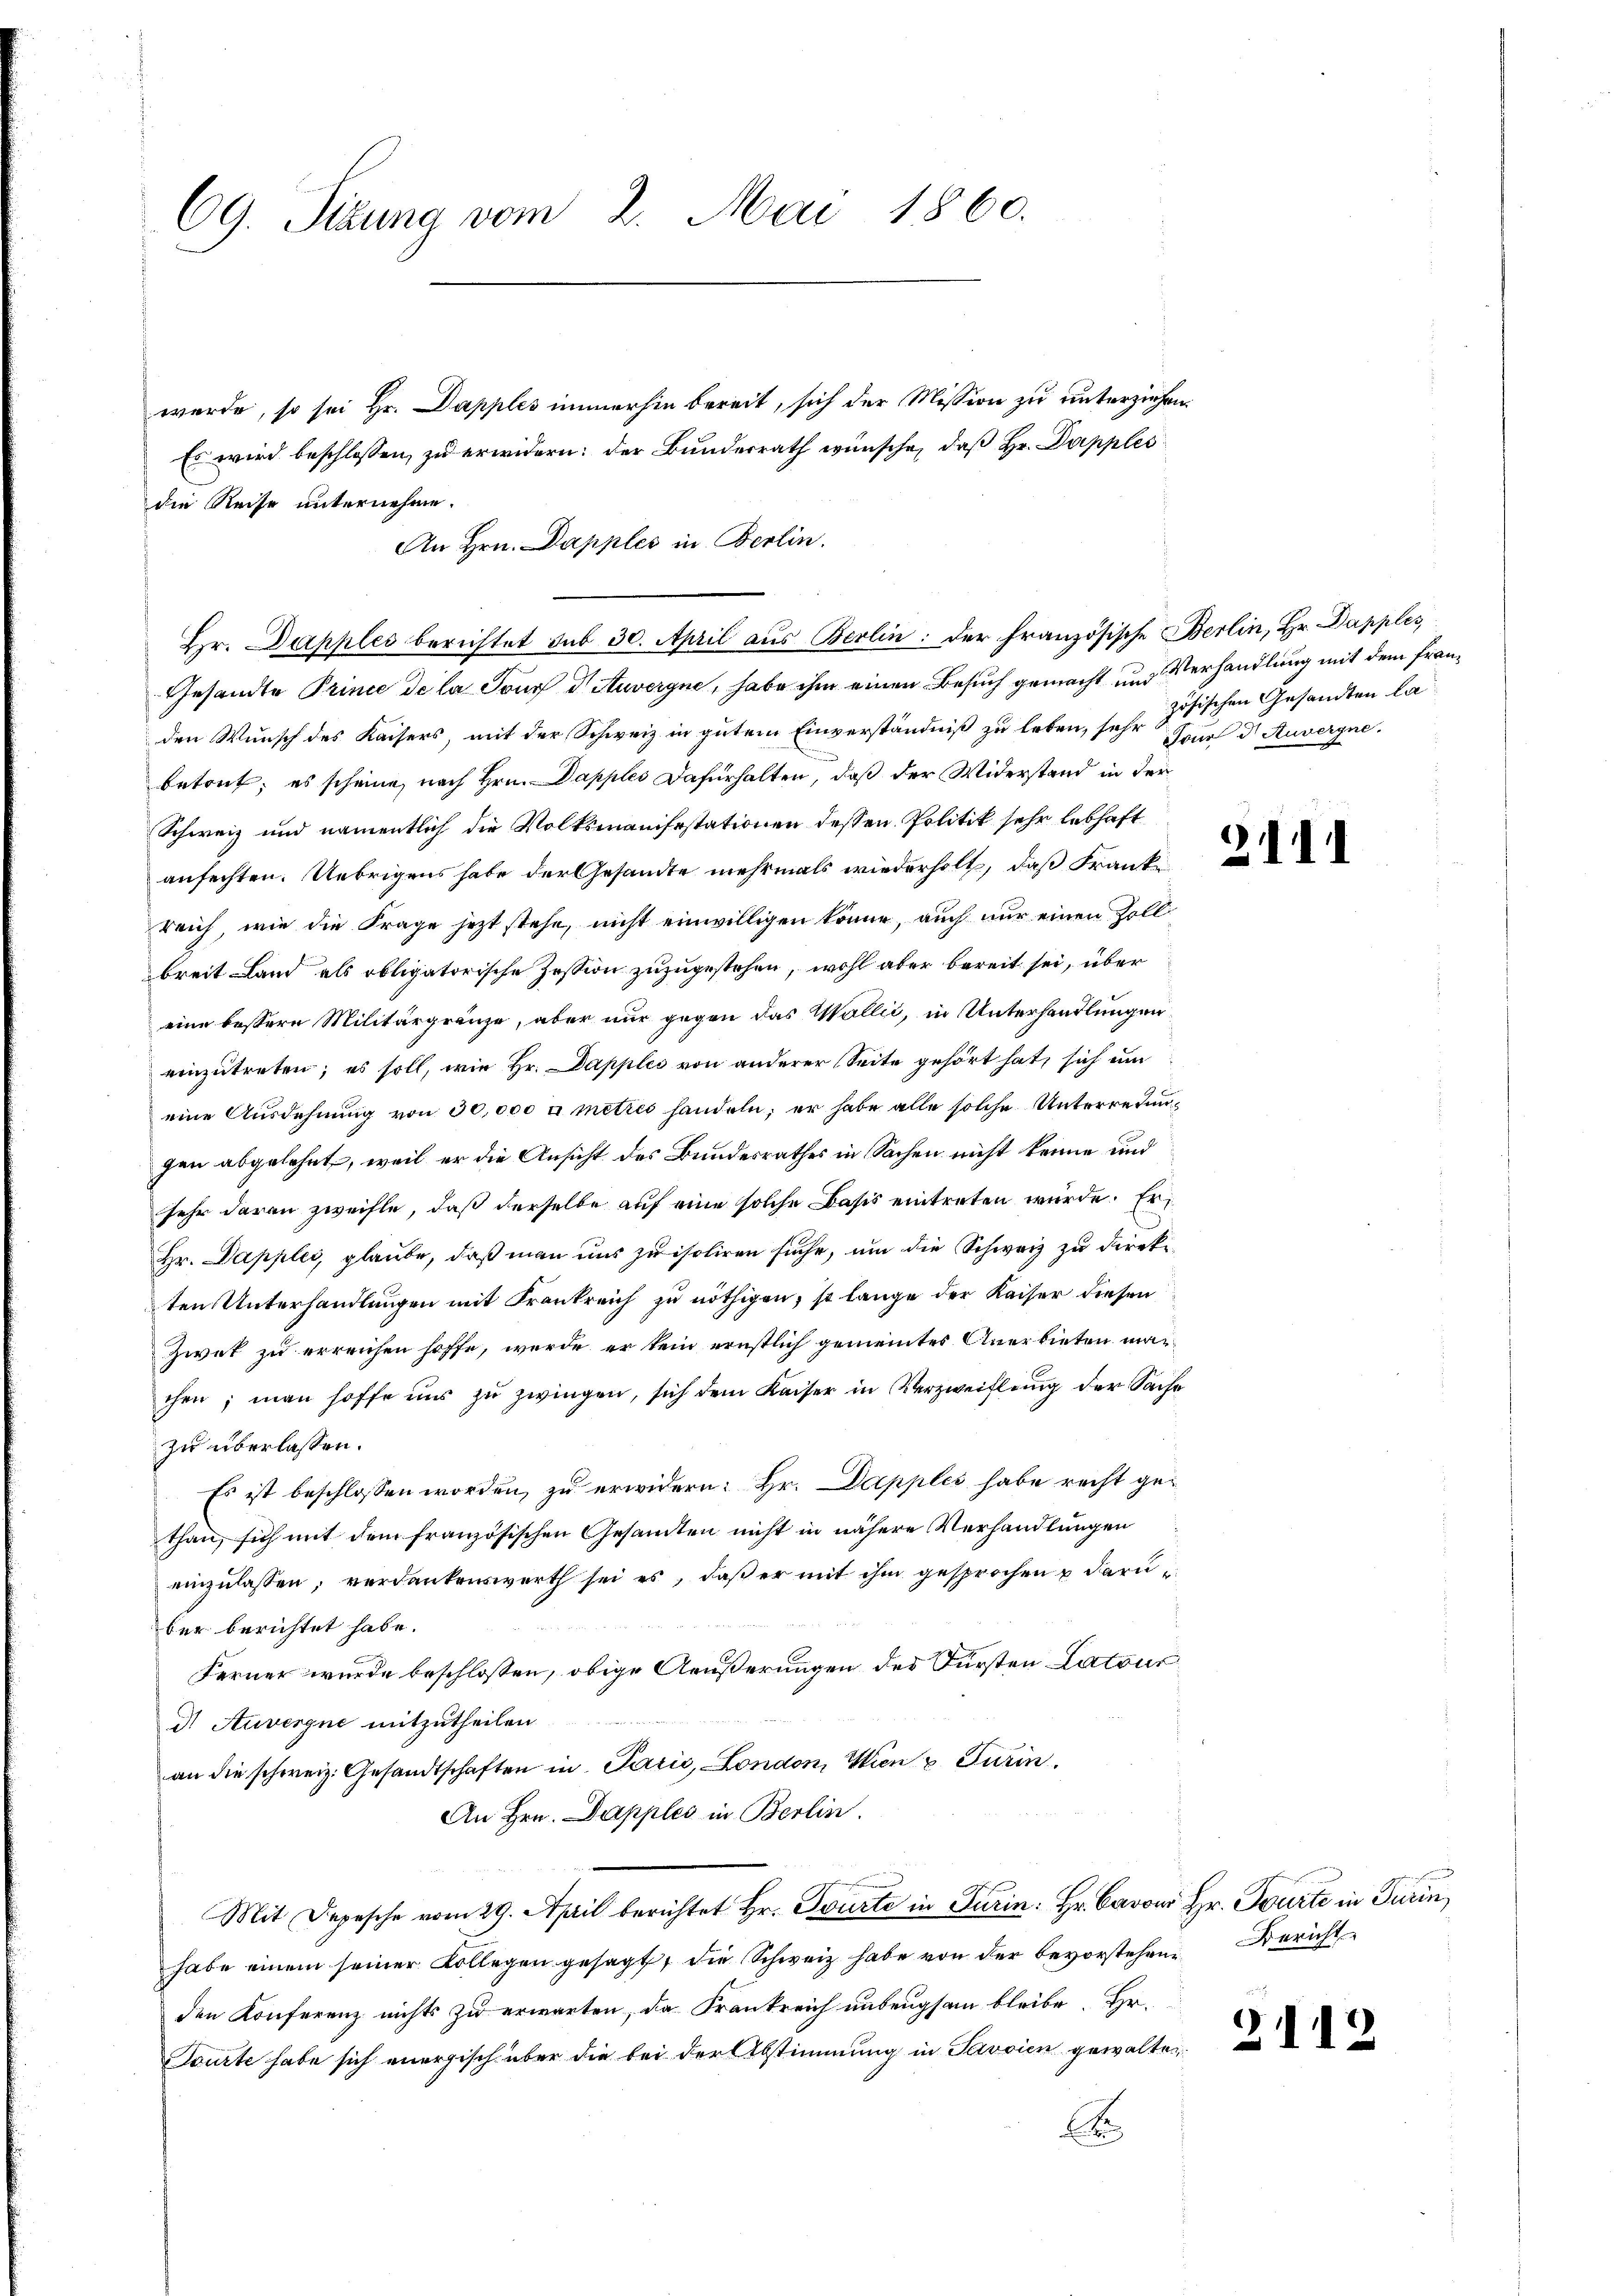
69. Sizung vom 2. Mai 1860.

wurde, so sei Hr. Dapples immerhin bereit, sich der Mission zu unterziehen.
Es wird beschlossen, zu erwidern: der Bundesrath wünsche, daß Hr. Papples
die Reise unternehme.
An Hrn. Dapples in Berlin.
Gesandte Prince de la Tour d. Auvergne, habe ihm einen Besuch gemacht und Verhandlung mit dem Franden Wunsch des Kaisers, mit der Schweiz in gutem Einverständniß zu leben, sehr zösischen Gesandten la-
betont, es scheine, nach Hrn. Dapples Dafürhalten, daß der Widerstand in der
Schweiz und namentlich die Volksmanifestationen dessen Politik sehr lebhaft
anfechten. Uebrigens habe der Gesandte mehrmals wiederholt, daß Franke
reich, wie die Frage jetzt stehe, nicht einwilligen könne, auch nur einen Zollbreit Land als obligatorische Zession zuzugestehen, wohl aber bereit sei, über
eine bessere Militärgränze, aber nur gegen das Wallić, in Unterhandlungen
einzutreten; es soll, wie Hr. Dapples von anderer Seite gehört hat, sich um
eine Ausdehnung von 30,000 x metris handeln; er habe alle solche Unterretungen abgelehnt, weil er die Ansicht des Beidesrathes in Sachen nicht kenne und
sehr daran zweifle, daß derselbe auf eine solche Basis eintreten würde. Er
Hr. Dapples, glaube, daß man uns zu isoliren suche, um die Schweiz zu direkten Unterhandlungen mit Krankreich zu nöthigen, so lange der Kaiser diesen
Zwet zu erreichen hoffe, werde er kein ernstlich gemeintes Anerbieten machen; man hoffe uns zŭ zwingen, sich dem Kaiser in Verzweiflung der Sache
zu überlassen.
Es ist beschlossen worden, zu erwidern: Hr. Dapples habe recht gethan, sich mit dem französischen Gesamten nicht in nähere Verhandlungen
einzŭlassen, verdankenswerth sei es, daβ er mit ihm gesprochen u darüber berichtet habe.
Ferner wurde beschlossen, obige Aeußerungen des Fürsten Latour
I Auvergne mitzutheilen.
an die schweiz. Gesandtschaften in Parić, London, Wien & Turin.
An Hrn. Dapples in Berlin.
Mit Depesche vom 29. April berichtet Hr. Tourte in Turin: Hr. C. Hr. Fürte in Turin,
habe einem seiner Kollegen gesagt, die Schweiz habe von der bevorstehen Bericht
den Konferenz nichts zu erwarten, da Frankreich unbeugsam bleibe. Hr.
Tourte habe sich energisch über die bei der Abstimmung in Savoien gewalten
x

Hr. Dapples berichtet sub 30. April aus Berlin: der französische Berlin, Hr. Dapples,

Tour d. Auvergne.

2111

2112